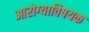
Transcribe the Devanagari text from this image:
आरोग्याविषयक